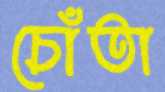
চোঁতা